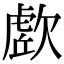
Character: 𭭔